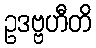
ဥဒဗ္ဗဟီတိ